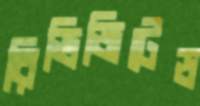
রিভিজিটেড